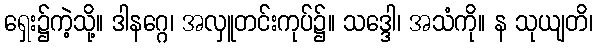
ရှေး၌ကဲ့သို့။ ဒါနဂ္ဂေ၊ အလှူတင်းကုပ်၌။ သဒ္ဒေါ၊ အသံကို။ န သုယျတိ၊